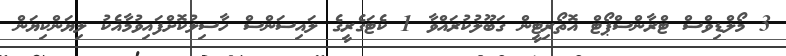
3 މޯލްޑިވްސް ޓްރާންސްޕޯޓް އޮތޯރިޓީން ގަބޫލުކުރައްވާ 1 ކެޓަގެރީގެ ލައިސަންސް ހާސިލުކޮށްފައިވުމާއެކު ލިޔަންކިޔަން